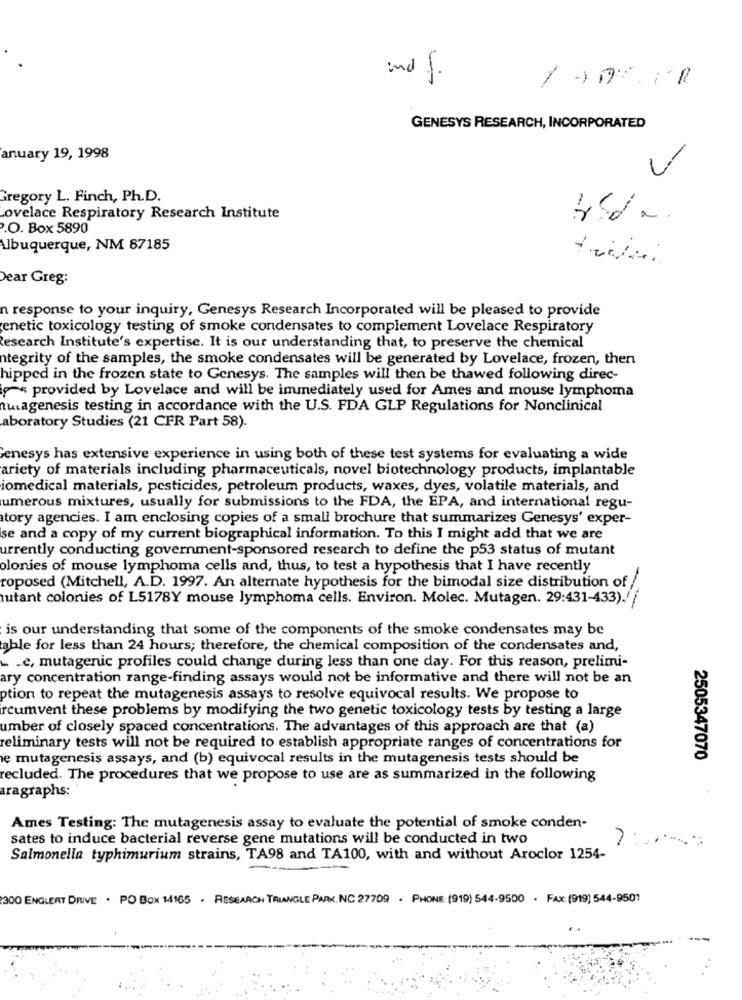
und f.
GENESYS RESEARCH, INCORPORATED
anuary 19, 1998
Gregory L. Finch, Ph.D.
Lovelace Respiratory Research Institute
.O. Box 5890
Albuquerque, NM 87185
Dear Greg:
n response to your inquiry, Genesys Research Incorporated will be pleased to provide
enetic toxicology testing of smoke condensates to complement Lovelace Respiratory
Research Institute's expertise. It is our understanding that, to preserve the chemical
ntegrity of the samples, the smoke condensates will be generated by Lovelace, frozen, then
hipped in the frozen state to Genesys. The samples will then be thawed following direc-
provided by Lovelace and will be immediately used for Ames and mouse lymphoma
uiagenesis testing in accordance with the U.S. FDA GLP Regulations for Nonclinical
aboratory Studies (21 CFR Part 58).
Genesys has extensive experience in using both of these test systems for evaluating a wide
ariety of materials including pharmaceuticals, novel biotechnology products, implantable
iomedical materials, pesticides, petroleum products, waxes, dyes, volatile materials, and
umerous mixtures, usually for submissions to the FDA, the EPA, and international regu-
tory agencies. I am enclosing copies of a small brochure that summarizes Genesys' exper-
se and a copy of my current biographical information. To this I might add that we are
urrently conducting government-sponsored research to define the p53 status of mutant
olonies of mouse lymphoma cells and, thus, to test a hypothesis that I have recently
roposed (Mitchell, A.D. 1997. An alternate hypothesis for the bimodal size distribution of /
autant colonies of L5178Y mouse lymphoma cells. Environ. Molec. Mutagen. 29:431-433)./ /
is our understanding that some of the components of the smoke condensates may be
able for less than 24 hours; therefore, the chemical composition of the condensates and,
.e, mutagenic profiles could change during less than one day. For this reason, prelimi-
ary concentration range-finding assays would not be informative and there will not be an
ption to repeat the mutagenesis assays to resolve equivocal results. We propose to
rcumvent these problems by modifying the two genetic toxicology tests by testing a large
umber of closely spaced concentrations. The advantages of this approach are that (a)
reliminary tests will not be required to establish appropriate ranges of concentrations for
e mutagenesis assays, and (b) equivocal results in the mutagenesis tests should be
2505347070
recluded. The procedures that we propose to use are as summarized in the following
aragraphs:
Ames Testing: The mutagenesis assay to evaluate the potential of smoke conden-
sates to induce bacterial reverse gene mutations will be conducted in two
Salmonella typhimurium strains, TA98 and TA100, with and without Aroclor 1254-
300 ENGLERT DRIVE . PO Box 14165 . RESEARCH TRIANGLE PARK, NC 27709 . PHONE: (919) 544-9500 . FAX: (919) 544-9501